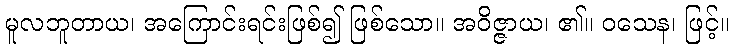
မူလဘူတာယ၊ အကြောင်းရင်းဖြစ်၍ ဖြစ်သော။ အဝိဇ္ဇာယ၊ ၏။ ဝသေန၊ ဖြင့်။